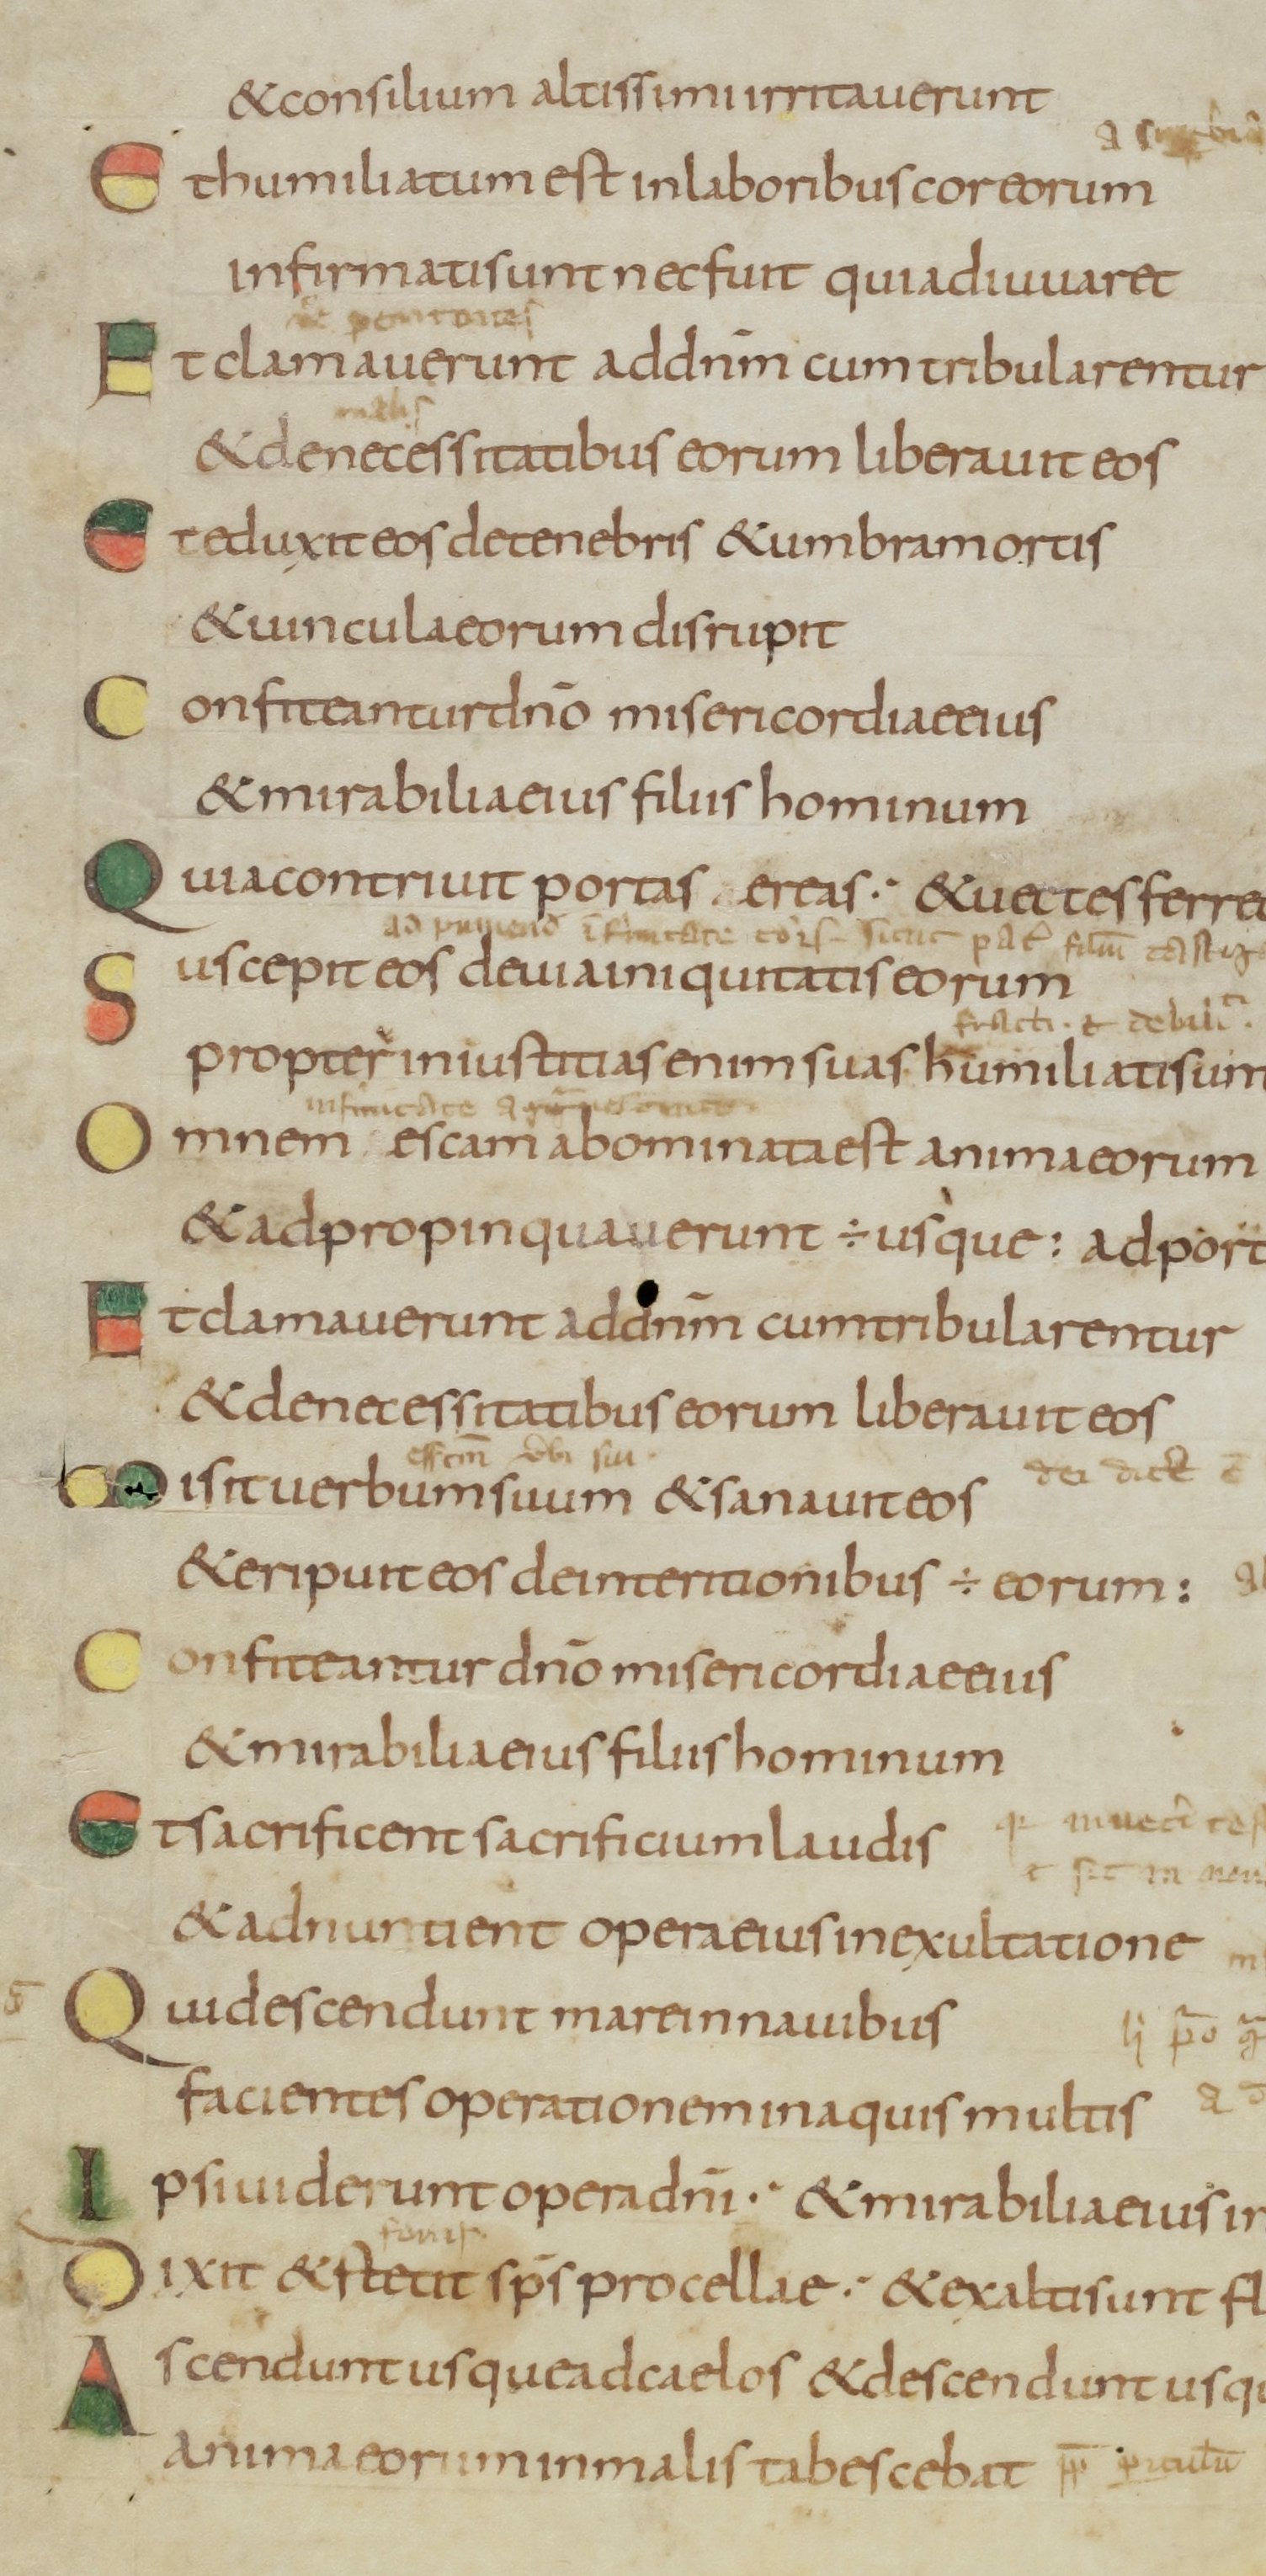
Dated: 800–899